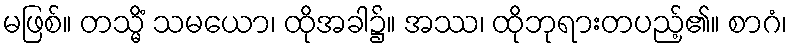
မဖြစ်။ တသ္မိံ သမယော၊ ထိုအခါ၌။ အဿ၊ ထိုဘုရားတပည့်၏။ စာဂံ၊